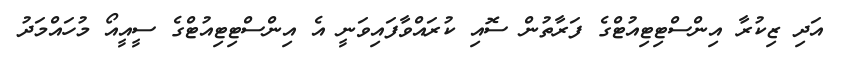
އަދި ޒިކުރާ އިންސްޓިޓިއުޓްގެ ފަރާތުން ސޮއި ކުރައްވާފައިވަނީ އެ އިންސްޓިޓިއުޓްގެ ސީއީއޯ މުހައްމަދު